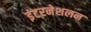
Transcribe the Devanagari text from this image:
इंटरनेशलन